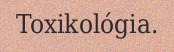
Toxikológia.